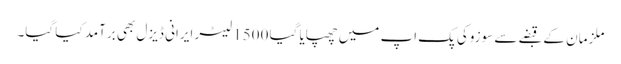
ملزمان کے قبضے سے سوزوکی پک اپ میں چھپایا گیا 1500 لیٹر ایرانی ڈیزل بھی برآمد کیا گیا۔